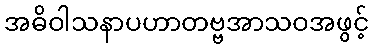
အဓိဝါသနာပဟာတဗ္ဗအာသဝအဖွင့်